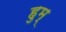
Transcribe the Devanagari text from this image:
हुम्